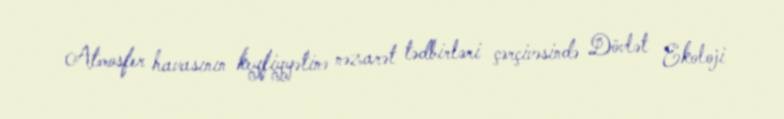
Atmosfer havasının keyfiyyətinə nəzarət tədbirləri çərçivəsində Dövlət Ekoloji